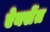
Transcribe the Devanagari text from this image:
ऐक्सेंत